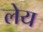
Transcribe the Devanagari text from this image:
लेय